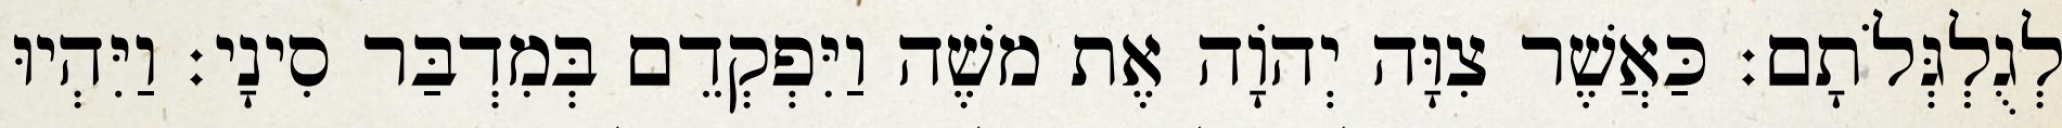
לְגֻלְגְּלֹתָם׃ כַּאֲשֶׁר צִוָּה יְהוָֹה אֶת משֶׁה וַיִּפְקְדֵם בְּמִדְבַּר סִינָי׃ וַיִּהְיוּ